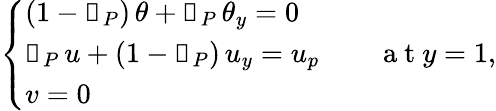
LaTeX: \left\{ \begin{array}{ll}{(1-\mathbb{1}_{P})\, \theta+\mathbb{1}_{P}\, \theta_{y}=0}\\ {\mathbb{1}_{P}\, u+(1-\mathbb{1}_{P})\, u_{y}=u_{p}\quad\quad\mathrm{~a~t~}y=1,}\\ {v=0}\end{array}\right.